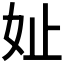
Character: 𪥧